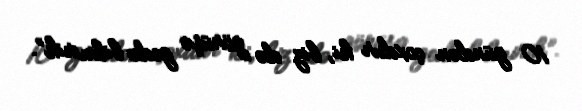
10 gündən çoxdur ki, biz də görüşə gedə bilmirik”.